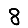
Digit: 8